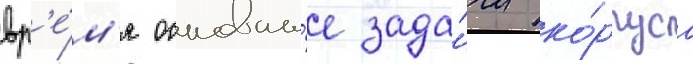
вр'е́м'я основны́е зада́чи ко́рпуса